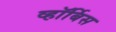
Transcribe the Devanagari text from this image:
व्हॉर्बिस